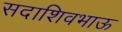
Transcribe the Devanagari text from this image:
सदाशिवभाऊ